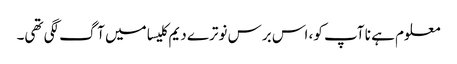
معلوم ہے نا آپ کو، اس برس نوترے دیم کلیسا میں آگ لگی تھی۔